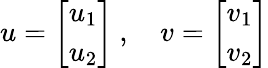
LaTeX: u={\left[\begin{array}{l}{u_{1}}\\ {u_{2}}\end{array}\right]}~,\quad v={\left[\begin{array}{l}{v_{1}}\\ {v_{2}}\end{array}\right]}